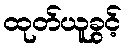
ထုတ်ယူခွင့်